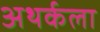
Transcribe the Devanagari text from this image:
अथर्कला